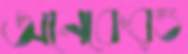
অনেকেরও